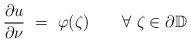
\begin{align*}\frac{\partial u}{\partial \nu}\ =\ \varphi(\zeta) \quad\quad\forall\ \zeta\in\partial\mathbb D\end{align*}